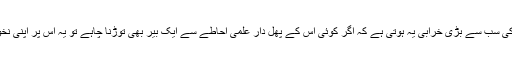
اس ظالم سفّاک اور بے درد کی سب سے بڑی خرابی یہ ہوتی ہے کہ اگر کوئی اس کے پھل دار علمی احاطے سے ایک بیر بھی توڑنا چاہے تو یہ اس پر اپنی نخوت کے کتّے چھوڑ دیتا ہے۔